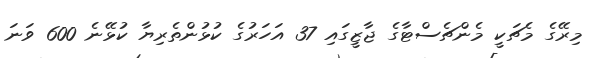
މިރޭގެ މެޗަކީ މެންޗެސްޓާގެ ޖާޒީގައި 37 އަހަރުގެ ކުޅުންތެރިޔާ ކުޅޭނެ 600 ވަނަ